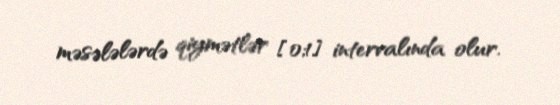
məsələlərdə qiymətlər [0;1] intervalında olur.